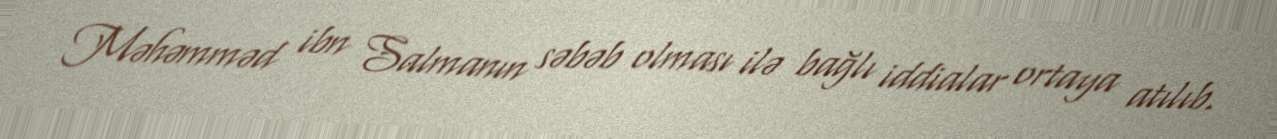
Məhəmməd ibn Salmanın səbəb olması ilə bağlı iddialar ortaya atılıb.